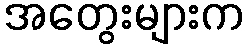
အတွေးများက